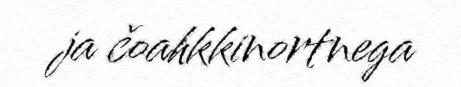
ja čoahkkinortnega